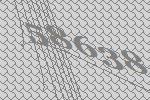
58638